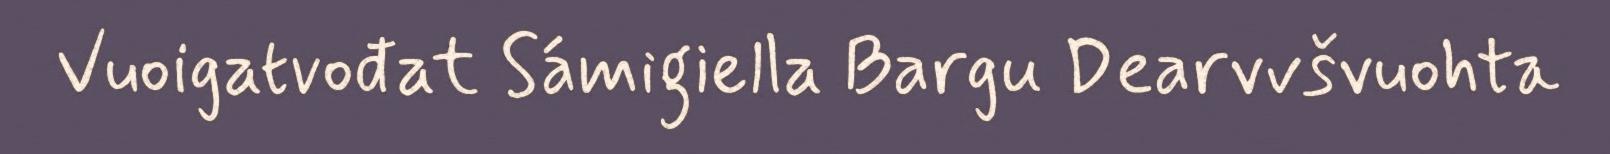
Vuoigatvođat Sámigiella Bargu Dearvvšvuohta